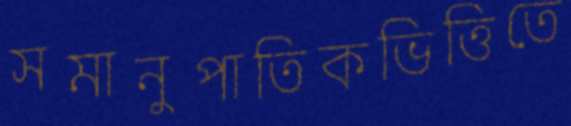
সমানুপাতিকভিত্তিতে